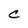
Character: C